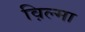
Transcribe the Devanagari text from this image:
व़िल्मा